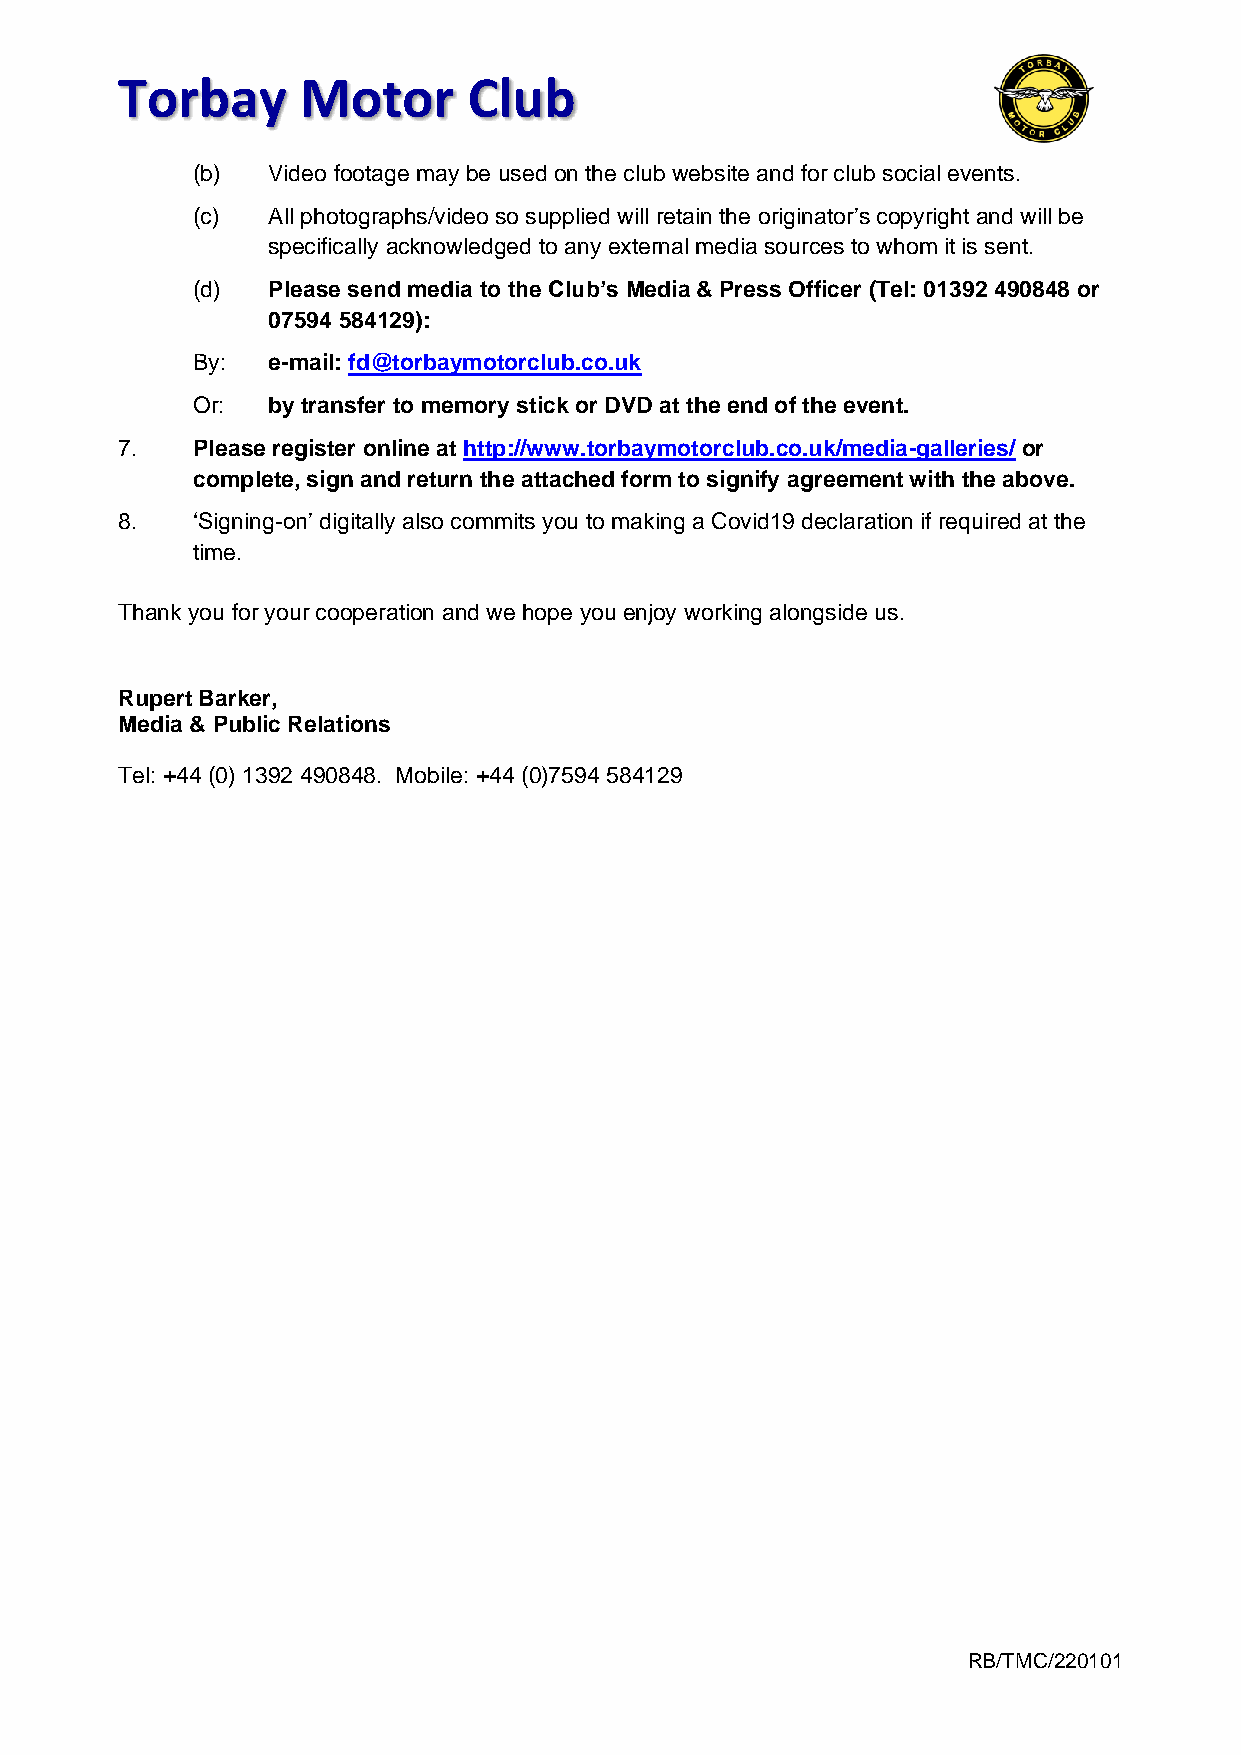
Torbay      Motor      Club
 (b)  Video footage may be used on the club website and for club social events.
 (c)  All photographs/video so supplied will retain the originator’s copyright and will be
 specifically acknowledged to any external media sources to whom it is sent.
 (d)  Please send media to the Club’s Media & Press Officer (Tel: 01392 490848 or
 07594 584129):
 By:  e-mail: fd@torbaymotorclub.co.uk
 Or:  by transfer to memory stick or DVD at the end of the event.
 7.   Please register online at http://www.torbaymotorclub.co.uk/media-galleries/ or
 complete, sign and return the attached form to signify agreement with the above.
 8.   ‘Signing-on’ digitally also commits you to making a Covid19 declaration if required at the
 time.
 Thank you for your cooperation and we hope you enjoy working alongside us.
 Rupert Barker,
 Media & Public Relations
 Tel: +44 (0) 1392 490848. Mobile: +44 (0)7594 584129
 RB/TMC/220101